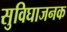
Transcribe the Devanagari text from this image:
सुविघाजनक